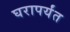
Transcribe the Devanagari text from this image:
घरापर्यंत